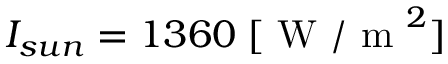
I _ { s u n } = 1 3 6 0 \; [ \mathrm { ~ W ~ / ~ m ~ } ^ { 2 } ]